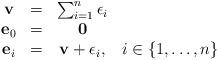
LaTeX: \begin{align*}\begin{array}{cccc}{\bf v} &= &\sum_{i=1}^n \epsilon_i &\\{\bf e}_0 &= & {\bf 0}&\\{\bf e}_i &= & {\bf v} + \epsilon_i,& i \in \{1,\ldots,n\}\end{array}\end{align*}